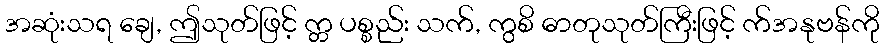
အဆုံးသရ ချေ, ဤသုတ်ဖြင့် က္တ ပစ္စည်း သက်, ကွစိ ဓာတုသုတ်ကြီးဖြင့် က်အနုဗန်ကို